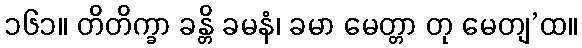
၁၆၁။ တိတိက္ခာ ခန္တိ ခမနံ၊ ခမာ မေတ္တာ တု မေတျ’ထ။